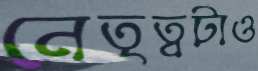
নেতৃত্বটাও